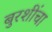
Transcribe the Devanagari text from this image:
बुरशींचा